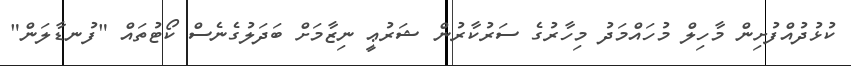
ކުޅުދުއްފުށިން މާހިލް މުހައްމަދު މިހާރުގެ ސަރުކާރުން ޝަރުޢީ ނިޒާމަށް ބަދަލުގެނެސް ކޯޓުތައް "ފުނޑާލަން"